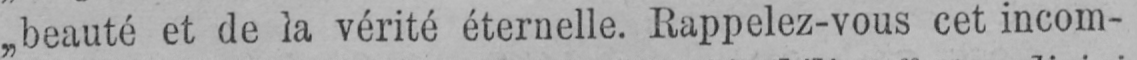
„beauté et de la vérité éternelle. Rappelez-vous cet incom-